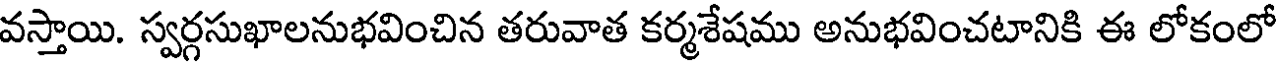
వస్తాయి. స్వర్గసుఖాలనుభవించిన తరువాత కర్మశేషము అనుభవించటానికి ఈ లోకంలో